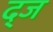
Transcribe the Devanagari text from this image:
द्ज